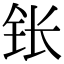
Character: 𬬮